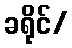
ခရိုင်/